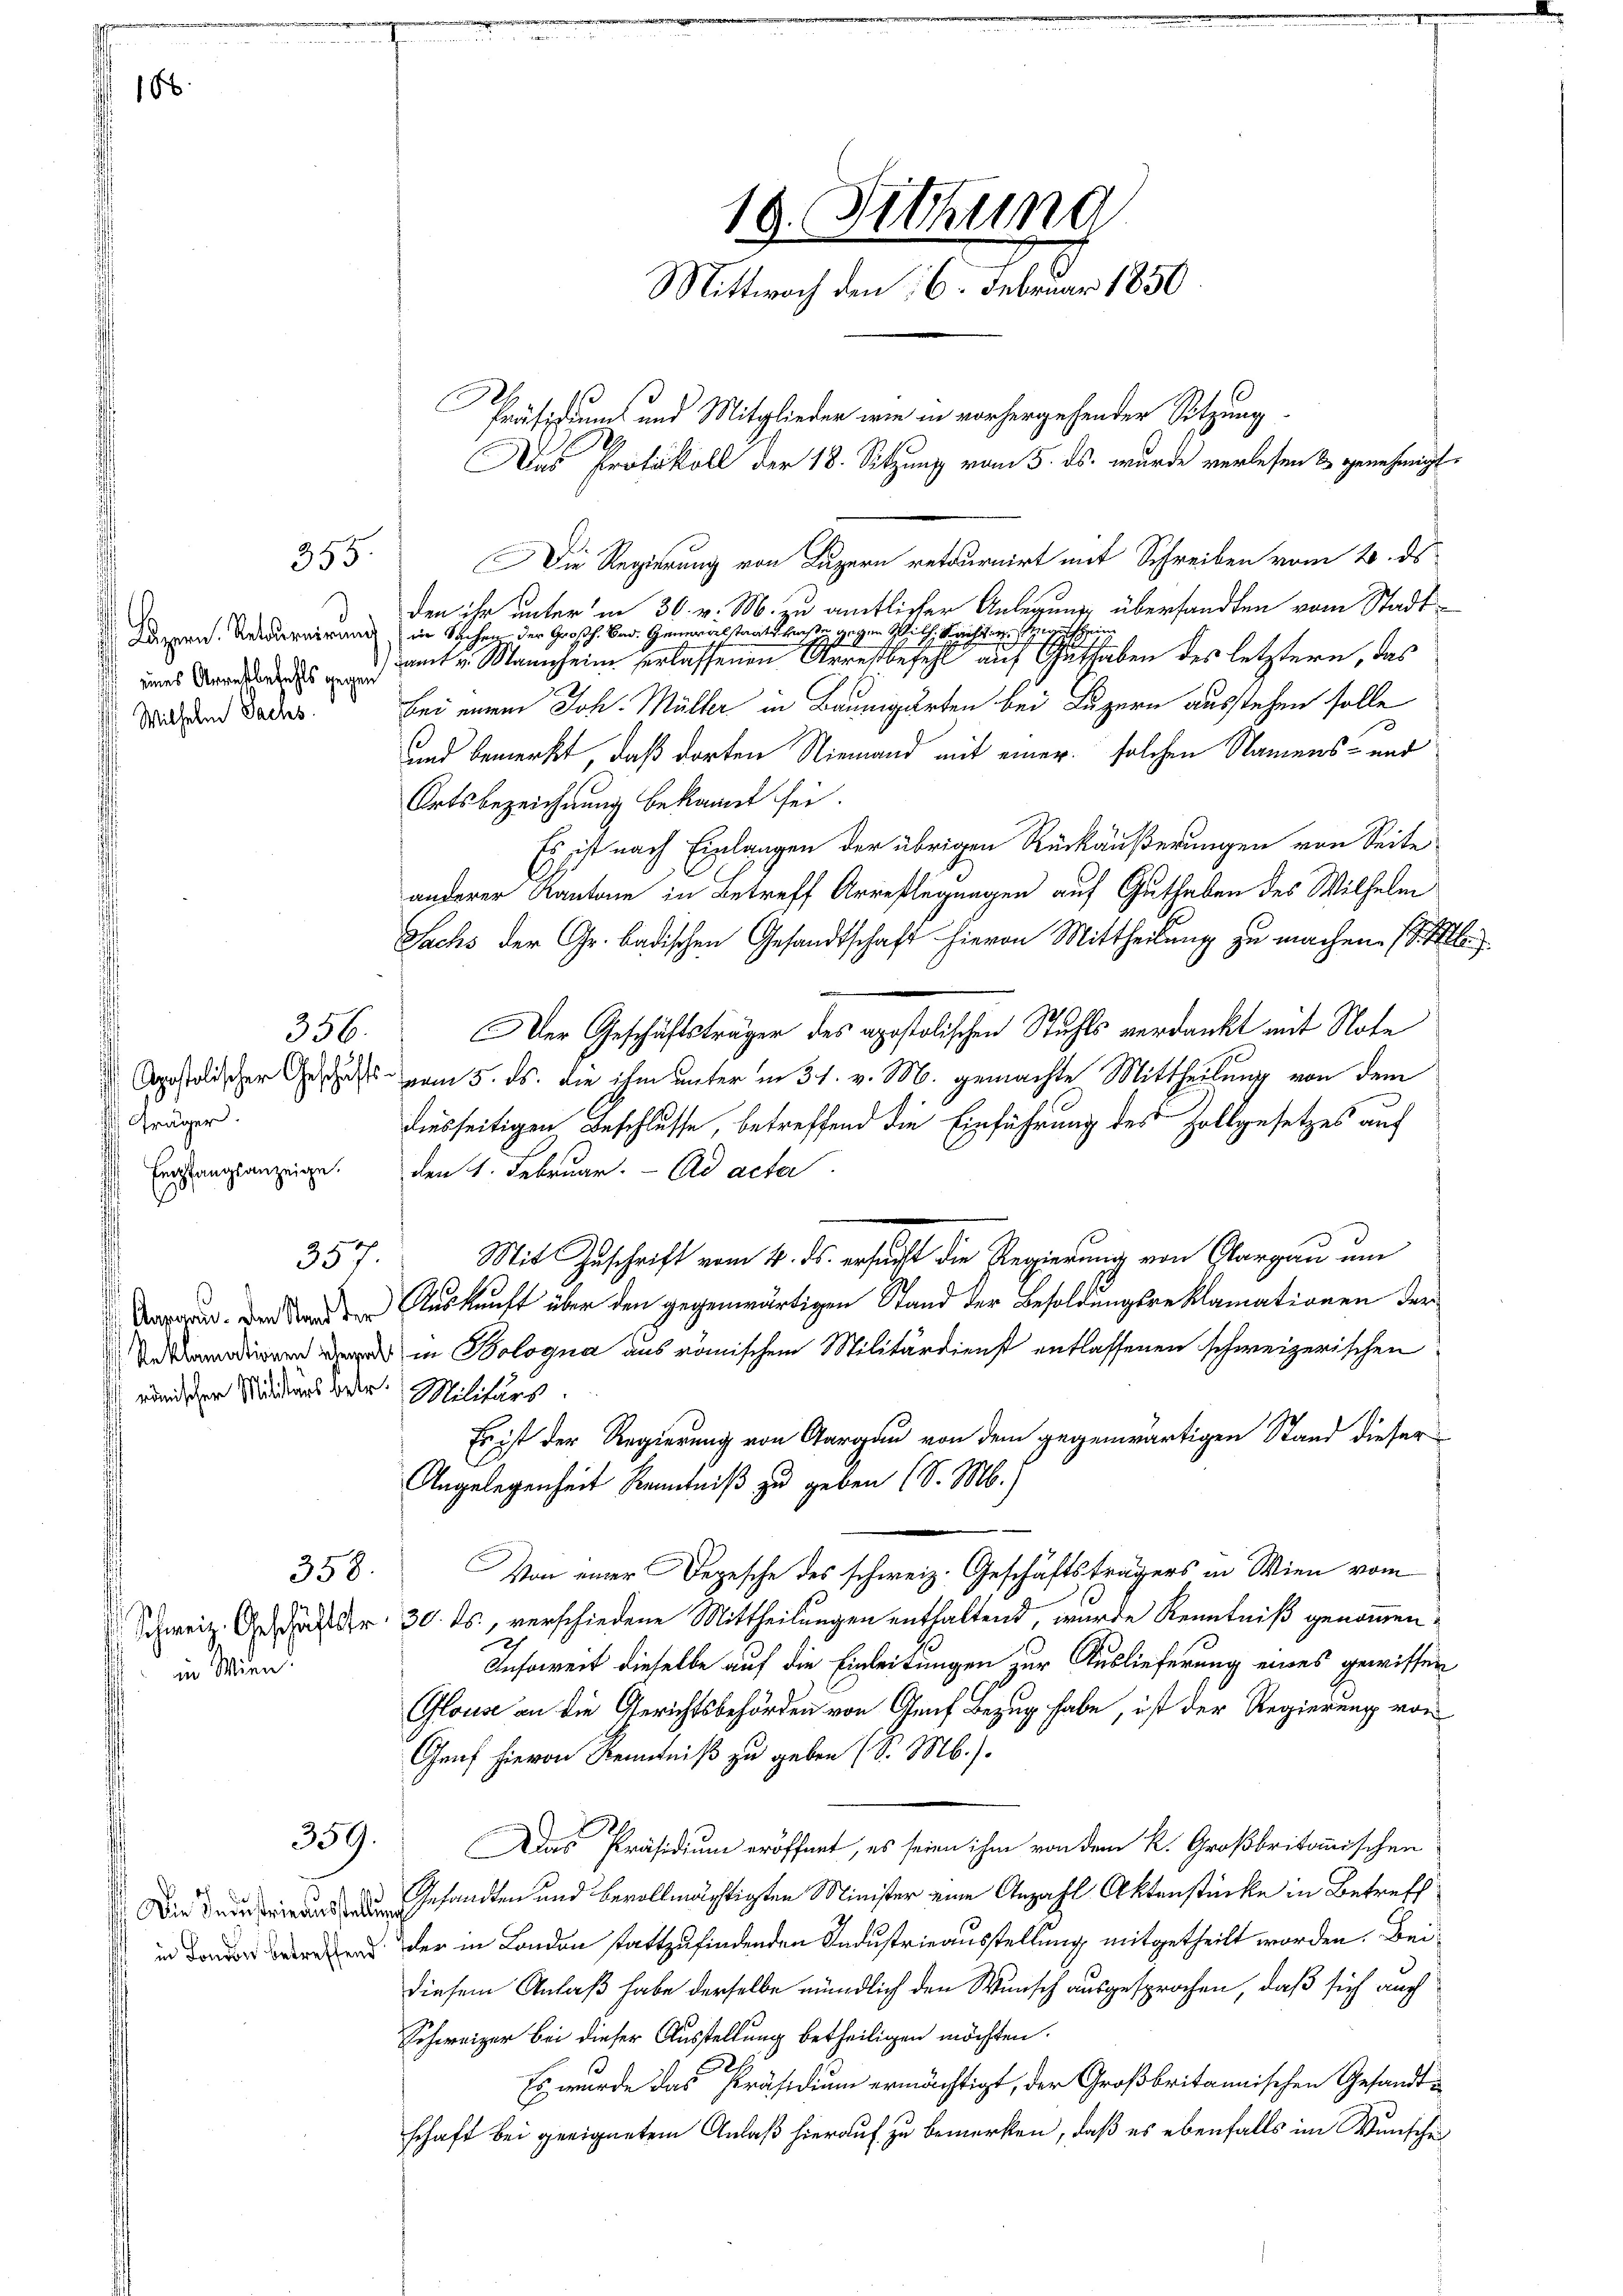
166.

eines Anrechtbefehls gegen
Wilhelm Sachs

336.
Apostolischer Geschäfts¬
 fräger.
 Empfangsanzeige.

357.
Aasaau. Den Stand der
Reklamationen eherrech
römischer Militärs betr.

355

358.
e
in Wien.

359.

Die Industrie ausstellung
ff in London betreffend

Die Regierung von Luzern retournirt mit Schreiben vom 20. ds
den ihr unter in 30. v. M. zu amtlicher Anlegung übersandten vom Stadt-
Kasern. Retournirung in Sichen der Großh. Bad. Generalstaatskasse gegen Wilh. Berichtige Vergutsheim
amt u. Mannheim verlassenen Arrestbefehl auf Guthaben des letztern, das
bei einer Joh. Müller in Baumgarten bei Luzern ausstehen solle
und bemerkt, daß dorten Niemand mit einer solchen Namens- und
Ortsbezeichnung bekannt sei.
Es ist nach Einlangen der übrigen Rückäußerungen von Seite
anderer Kantone in Betreff Arrestlegungen auf Guthaben des Wilhelm
Sachs der Gr. badischen Gesandtschaft hievon Mittheilung zu machen. (
Der Geschäftsträger des apostolischen Stuhls verdankt mit Note
vom 5. ds. die ihm unter in 31. v. M. gemachte Mittheilung von dem
diesseitigen Beschlusse, betreffend die Einführung des Zollgesetzes auf
den 1. Februar. - Ad acter
Mit Zuschrift vom 4. ds. ersucht die Regierung von Aargau um
Auskunft über den gegenwärtigen Stand der Besoldungsreklamationen der
in Bologna aus römischem Militärdienst entlassenen schweizerischen
Militärs
Es ist der Regierung von Aargau von dem gegenwärtigen Stand dieser
Angelegenheit Kenntniß zu geben (S. M.)
Von einer Depesche des schweiz. Geschäftsträgers in Wien vom
Schweiz. Geschäft der 30. ds., verschiedene Mittheilungen enthaltend, wurde Kenntniß genommen.
2
Ansoweit dieselbe auf die Einleitungen zur Auslieferung eines gewissen
Glous an die Gerichtsbehörden von Genf Bezug habe, ist der Regierung von
Genf hievon Kenntniß zu geben (S. M.).
DDas Präsidium eröffnet, es seien ihm von dem k. Großbritomischen
Gesandten und bevollmächtigten Minister eine Anzahl Aktenstücke in Betreff
der in London stattzufindenden Industrieausstellung mitgetheilt worden. Beidiesem Anlaß habe derselbe mündlich den Wunsch ausgesprochen, daß sich auch
Schweizer bei dieser Ausstellung betheiligen möchten.
Es wurde das Präsidium ermächtigt, der Großbritannischen Gesandtschaft bei geeignetem Anlaß hierauf zu bemerken, daß es ebenfalls im Wunsche

18. Sitzung
Mittwoch den 16. Februar 1850.
Präsidiums und Mitglieder wie in vorhergehender Sitzung
Das Protokoll der 18. Setzung vom 5. ds. wurde verlesen & genehmigt.